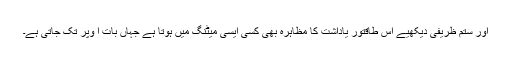
اور ستم ظریفی دیکھیے اِس طاقتور یاداشت کا مظاہرہ بھی کسی ایسی میٹنگ میں ہوتا ہے جہاں بات ا وپر تک جاتی ہے۔